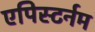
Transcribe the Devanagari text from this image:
एपिस्टर्नम